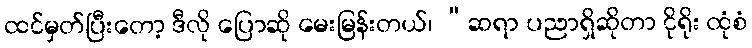
ထင်မှတ်ပြီးတော့ ဒီလို ပြောဆို မေးမြန်းတယ်၊ “ဆရာ ပညာရှိဆိုတာ ငိုရိုး ထုံစံ